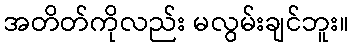
အတိတ်ကိုလည်း မလွမ်းချင်ဘူး။